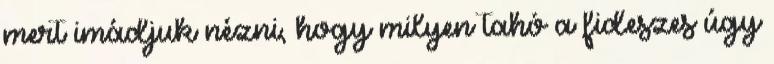
mert imádjuk nézni, hogy milyen tahó a fideszes úgy